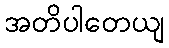
အတိပါတေယျ